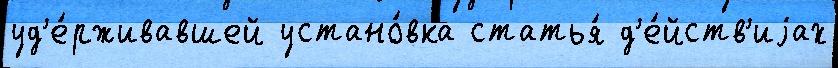
уд'е́рживавшей устано́вка статья́ д'е́йств'иjах